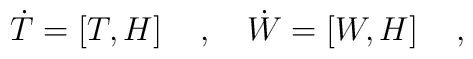
{\dot T} =  \left[ T, H \right] \quad , \quad{\dot W}  =  \left[ W, H \right] \quad ,